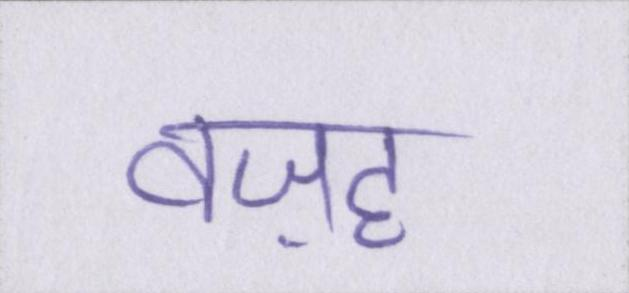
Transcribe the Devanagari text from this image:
वज़ह